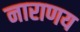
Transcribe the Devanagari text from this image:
नाराणय